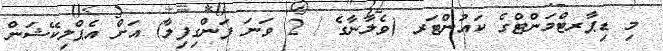
މި ޑިޕާރޓްމަންޓްގެ ކައުންޓަރ (ވެލާނާގެ / 2 ވަނަ ފަންގިފިލާ) އަށް އެޕްލިކޭޝަން